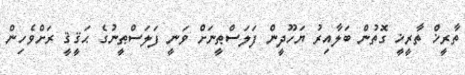
ތާރީޚް ތާރީޚީ ގޮތުން ބަލާއިރު ޔަހޫދީން ފަލަސްޠީނަށް ވަނީ ފަލަސްޠީނުގެ ޙަޤީޤީ ރަށްވެހިން